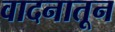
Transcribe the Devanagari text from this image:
वादनातून